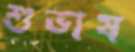
শুভাষ